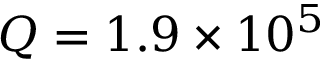
Q = 1 . 9 \times 1 0 ^ { 5 }